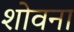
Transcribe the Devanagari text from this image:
शोवना